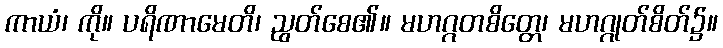
ကာယံ၊ ကို။ ပရိဏာမေတိ၊ ညွတ်စေ၏။ မဟဂ္ဂတစိတ္တေ၊ မဟဂ္ဂုတ်စိတ်၌။